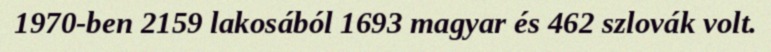
1970-ben 2159 lakosából 1693 magyar és 462 szlovák volt.